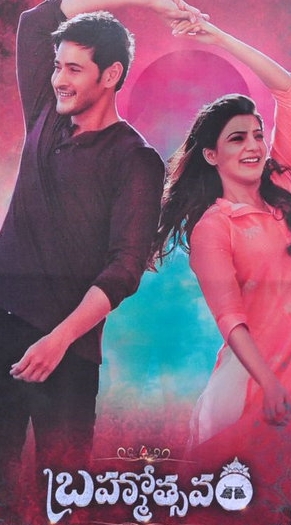
Language: telugu
Transcription: బ్రహ్మోత్సవ